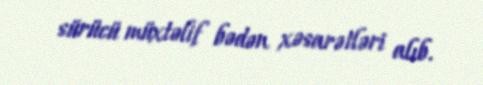
sürücü müxtəlif bədən xəsarətləri alıb.